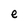
Character: e